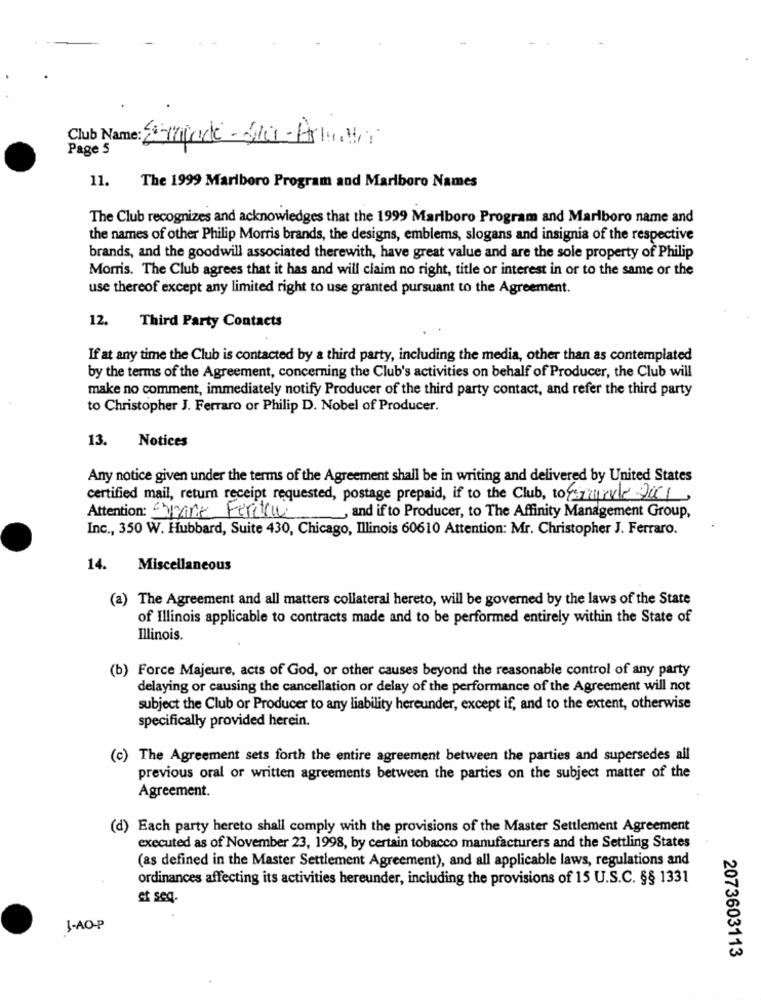
Club Name: Enviode-S10 -Arbetar
Page 5
11.
The 1999 Marlboro Program and Marlboro Names
The Club recognizes and acknowledges that the 1999 Marlboro Program and Marlboro name and
the names of other Philip Morris brands, the designs, emblems, slogans and insignia of the respective
brands, and the goodwill associated therewith, have great value and are the sole property of Philip
Morris. The Club agrees that it has and will claim no right, title or interest in or to the same or the
use thereof except any limited right to use granted pursuant to the Agreement.
12.
Third Party Contacts
If at any time the Club is contacted by a third party, including the media, other than as contemplated
by the terms of the Agreement, concerning the Club's activities on behalf of Producer, the Club will
make no comment, immediately notify Producer of the third party contact, and refer the third party
to Christopher J. Ferraro or Philip D. Nobel of Producer.
Notices
13.
Any notice given under the terms of the Agreement shall be in writing and delivered by United States
certified mail, return receipt requested, postage prepaid, if to the Club, toysmekle 201,
Attention: Capone Ferru
and if to Producer, to The Affinity Management Group,
Inc ., 350 W. Hubbard, Suite 430, Chicago, Illinois 60610 Attention: Mr. Christopher J. Ferraro.
14. Miscellaneous
(a) The Agreement and all matters collateral hereto, will be governed by the laws of the State
of Illinois applicable to contracts made and to be performed entirely within the State of
Illinois.
(b) Force Majeure, acts of God, or other causes beyond the reasonable control of any party
delaying or causing the cancellation or delay of the performance of the Agreement will not
subject the Club or Producer to any liability hereunder, except if, and to the extent, otherwise
specifically provided herein.
(c) The Agreement sets forth the entire agreement between the parties and supersedes all
previous oral or written agreements between the parties on the subject matter of the
Agreement.
(d) Each party hereto shall comply with the provisions of the Master Settlement Agreement
executed as of November 23, 1998, by certain tobacco manufacturers and the Settling States
(as defined in the Master Settlement Agreement), and all applicable laws, regulations and
ordinances affecting its activities hereunder, including the provisions of 15 U.S.C. §§ 1331
et seq.
J-AO-P
2073603113